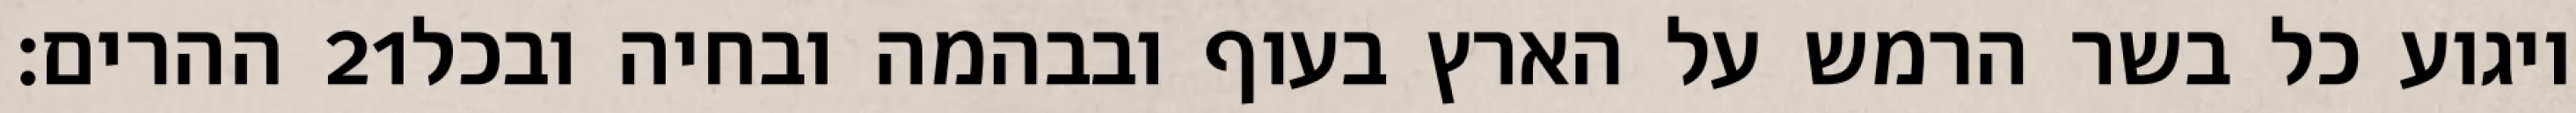
ההרים׃ ‎21‏ ויגוע כל בשר הרמש על הארץ בעוף ובבהמה ובחיה ובכל